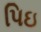
પિઇ